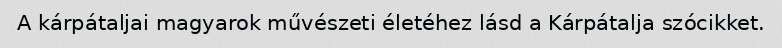
A kárpátaljai magyarok művészeti életéhez lásd a Kárpátalja szócikket.